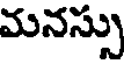
మనస్సు